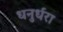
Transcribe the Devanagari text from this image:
धनुर्धरा